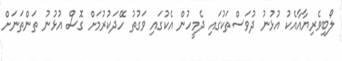
ލޯބިވެރިޔާއާއެކު އުޅުނު ދުވަސްތަކުގައި ދެމީހުން އެކުގައި ވަގުތު ހޭދަކުރުމަށް ގޮސް އުޅުނު ތަަންތަނަށް